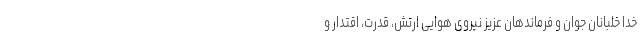
خدا خلبانان جوان و فرماندهان عزیز نیروی هوایی ارتش، قدرت، اقتدار و